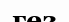
гез